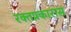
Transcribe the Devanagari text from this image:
रक्तप्रकारास